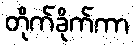
တိုက်ခိုက်ကာ